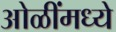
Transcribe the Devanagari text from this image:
ओळींमध्ये